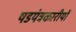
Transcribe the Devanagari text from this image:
षडयंत्रकारीयों